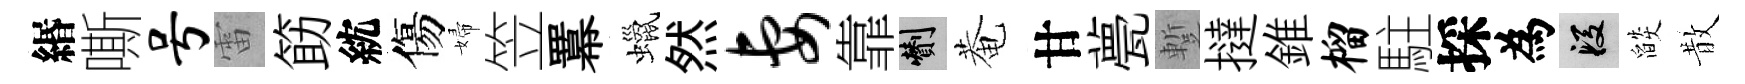
緡嘶号雷筯紞傷婦笠羃蠟然妻靠剪菴甘甍蹔撻錐榴駐採為段燄散